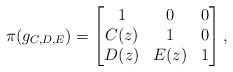
LaTeX: \begin{gather*} \pi(g_{C,D,E})= \begin{bmatrix} 1 & 0&0\\ C(z) & 1&0\\ D(z)&E(z)&1 \end{bmatrix},\end{gather*}